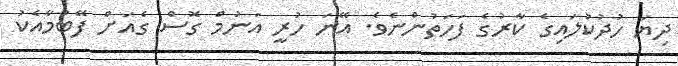
ދިޔަ ހުދުކުލައިގެ ކާރުގެ ފަހަތުންނެވެ. އޭނަ ހުރީ އަނުމް ގޮސް ގެއަށް ފޭބުމާއެކު